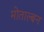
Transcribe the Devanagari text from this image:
मोताल्बन